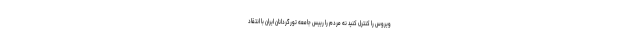
ویروس را کنترل کنید نه مردم را رییس جامعه تورگردانان ایران با انتقاد